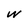
Character: w